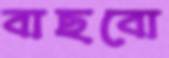
বাছবো